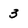
Character: 3